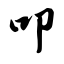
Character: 叩